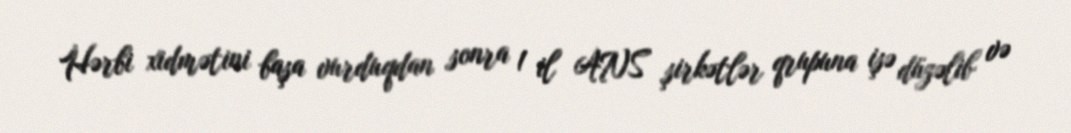
Hərbi xidmətini başa vurduqdan sonra 1 il ANS şirkətlər qrupuna işə düzəlib və